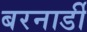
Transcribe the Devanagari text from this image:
बरनार्डी